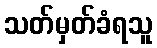
သတ်မှတ်ခံရသူ